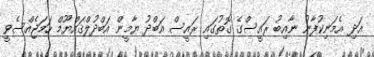
އަދި އެމަނިކުފާނު ނާއިބު ރައީސްގެ ގޮތުގައި ރައީސް އަބްދު ޔާމީން އަބްދުލްޤައްޔޫމް ހަމަޖެއްސެވީ